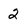
Character: 2